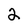
Character: 2